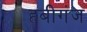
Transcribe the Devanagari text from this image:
हबीगंज